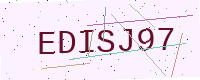
Text: EDISJ97